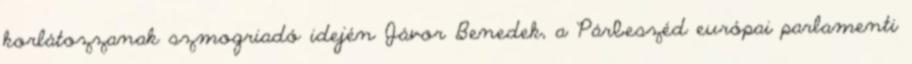
korlátozzanak szmogriadó idején Jávor Benedek, a Párbeszéd európai parlamenti